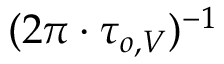
( 2 \pi \cdot \tau _ { o , V } ) ^ { - 1 }